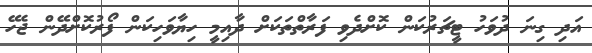
އަދި ގިނަ ދުވަހު ޓީޗަރުކަން ކޮށްދެވި ފަރާތްތަކަށް ދާއިމީ ހިޔާވަހިކަން ފޯރުކޮށްދޭން ޖެހޭ